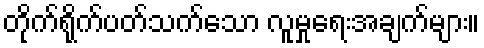
တိုက်ရိုက်ပတ်သက်သော လူမှုရေးအချက်များ။